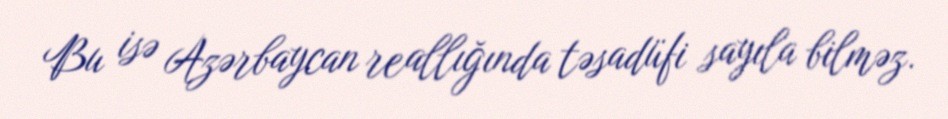
Bu isə Azərbaycan reallığında təsadüfi sayıla bilməz.